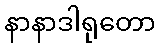
နာနာဒါရုတော